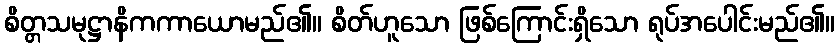
စိတ္တသမုဋ္ဌာနိကကာယောမည်၏။ စိတ်ဟူသော ဖြစ်ကြောင်းရှိသော ရုပ်အပေါင်းမည်၏။